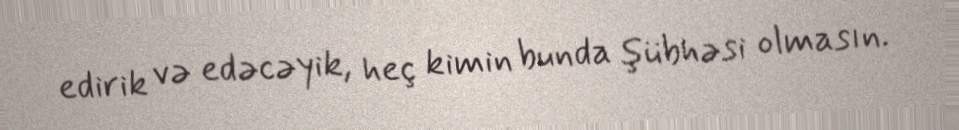
edirik və edəcəyik, heç kimin bunda şübhəsi olmasın.